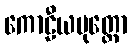
ကောဠီယပုတ္တော